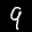
Label: 9